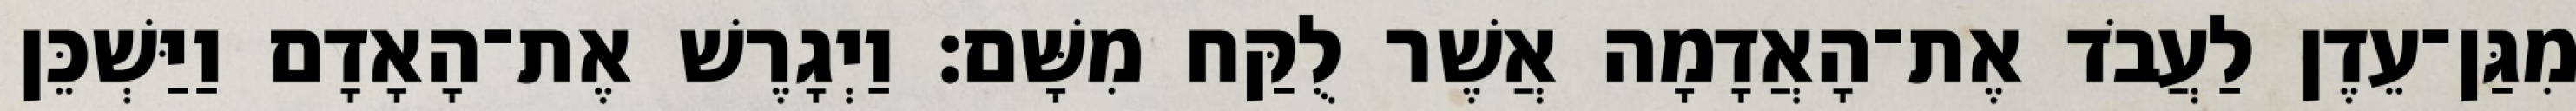
מִגַּן־עֵדֶן לַעֲבֹד אֶת־הָאֲדָמָה אֲשֶׁר לֻקַּח מִשָּׁם׃ וַיְגָרֶשׁ אֶת־הָאָדָם וַיַּשְׁכֵּן